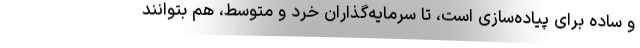
و ساده برای پیاده‌سازی است، تا سرمایه‌گذاران خرد و متوسط، هم بتوانند